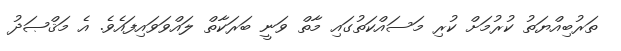
ތަރުބިއްޔަތު ކުރުމަށް ކުރި މަސައްކަތުގައި މާތް ވަނީ ބަރަކާތް ލައްވަވައިފައެވެ. އެ މަޤްޞަދު